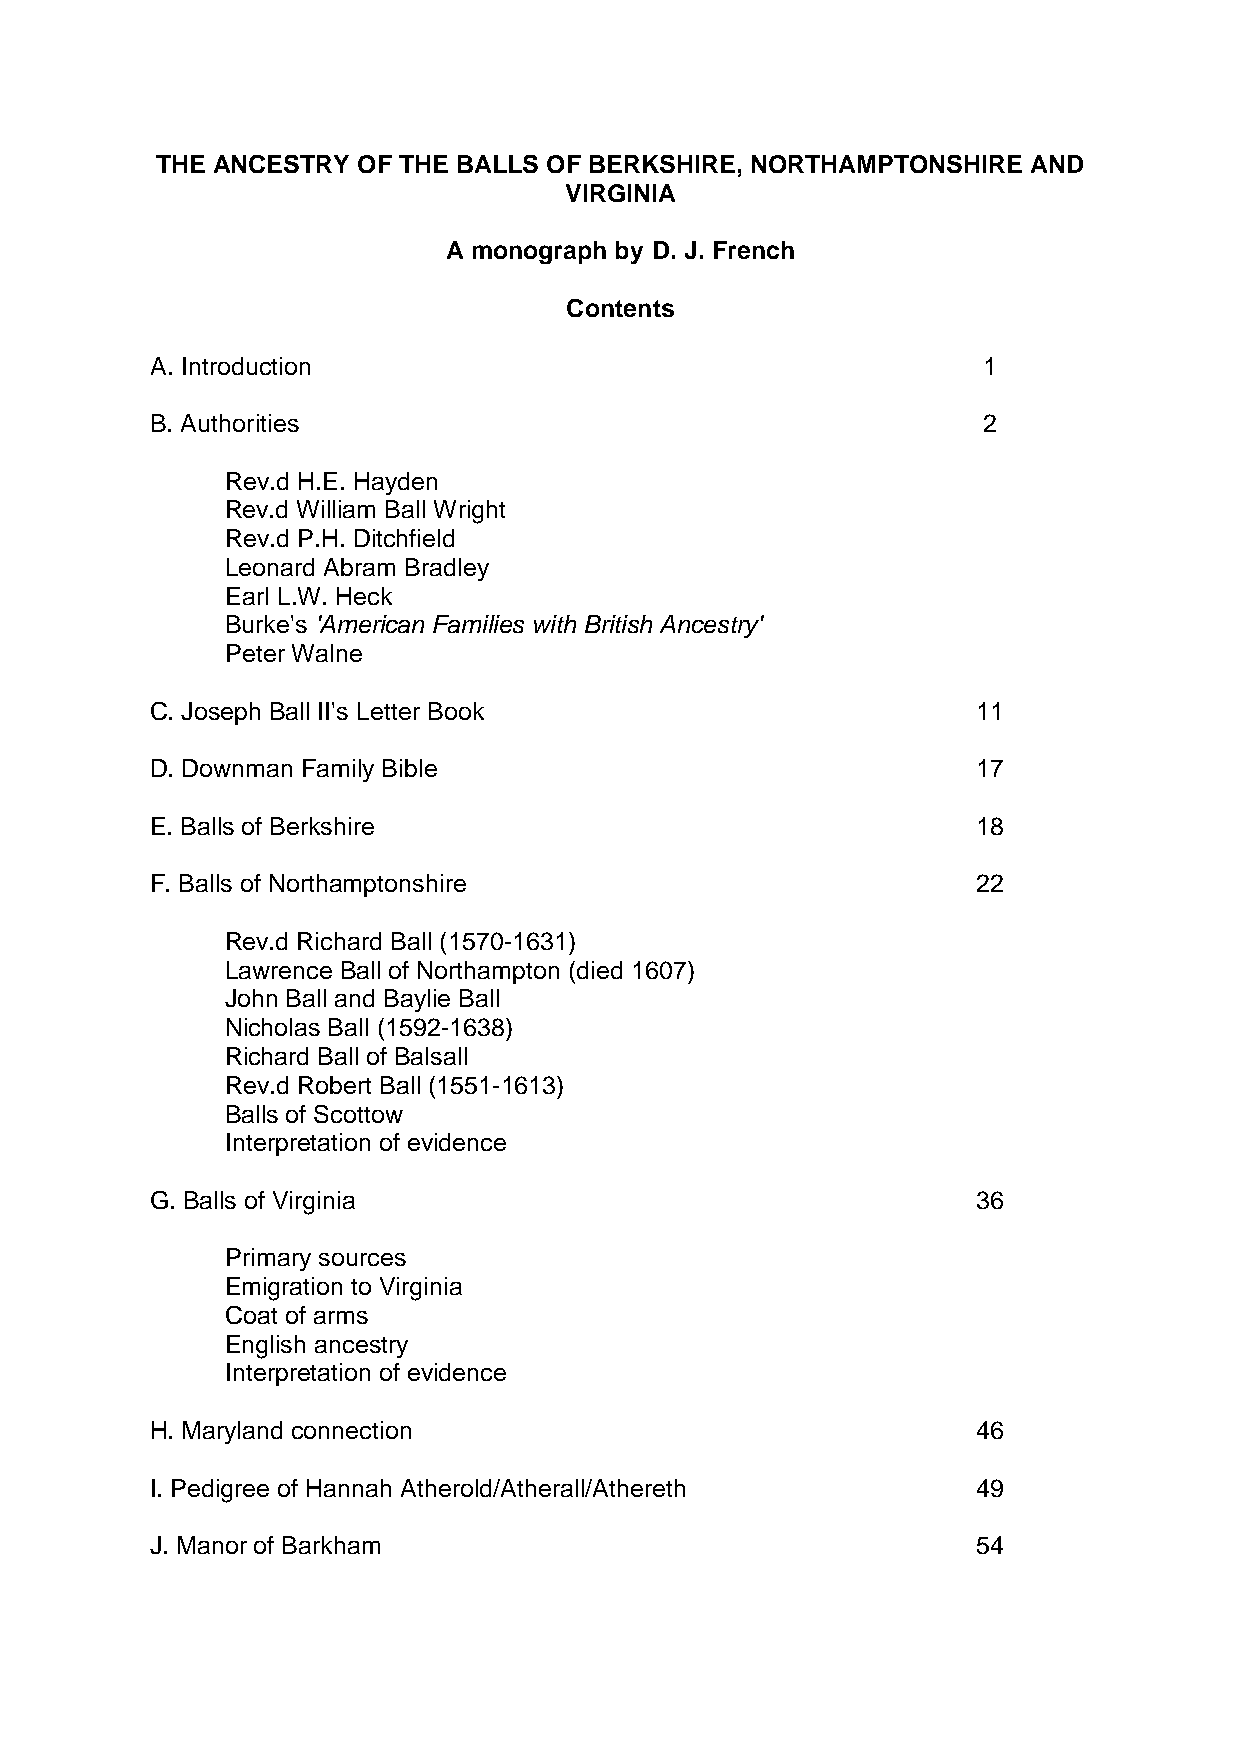
THE ANCESTRY  OF THE BALLS OF BERKSHIRE, NORTHAMPTONSHIRE AND
 VIRGINIA
 A monograph by D. J. French
 Contents
 A. Introduction                                        1
 B. Authorities                                         2
 Rev.d H.E. Hayden
 Rev.d William Ball Wright
 Rev.d P.H. Ditchfield
 Leonard Abram Bradley
 Earl L.W. Heck
 Burke's 'American Families with British Ancestry'
 Peter Walne
 C. Joseph Ball II's Letter Book                        11
 D. Downman Family Bible                                17
 E. Balls of Berkshire                                  18
 F. Balls of Northamptonshire                           22
 Rev.d Richard Ball (1570-1631)
 Lawrence Ball of Northampton (died 1607)
 John Ball and Baylie Ball
 Nicholas Ball (1592-1638)
 Richard Ball of Balsall
 Rev.d Robert Ball (1551-1613)
 Balls of Scottow
 Interpretation of evidence
 G. Balls of Virginia                                   36
 Primary sources
 Emigration to Virginia
 Coat of arms
 English ancestry
 Interpretation of evidence
 H. Maryland connection                                 46
 I. Pedigree of Hannah Atherold/Atherall/Athereth       49
 J. Manor of Barkham                                    54